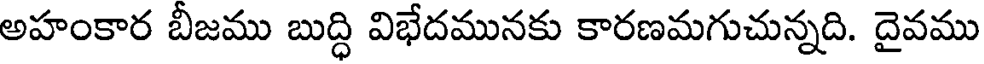
అహంకార బీజము బుద్ధి విభేదమునకు కారణమగుచున్నది. దైవము